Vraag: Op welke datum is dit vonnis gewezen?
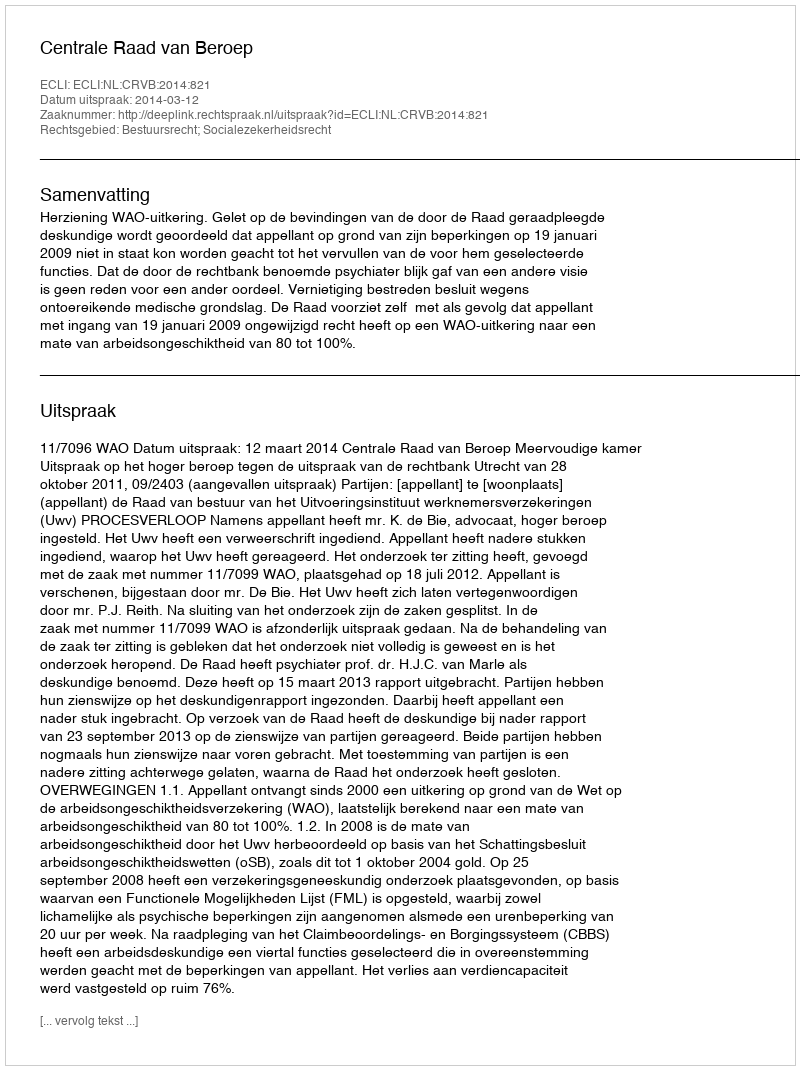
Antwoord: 2014-03-12